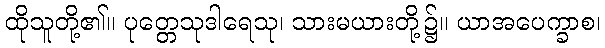
ထိုသူတို့၏။ ပုတ္တေသုဒါရေသု၊ သားမယားတို့၌။ ယာအပေက္ခာစ၊